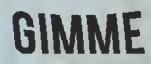
GIMME